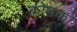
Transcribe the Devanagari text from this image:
कोडकों